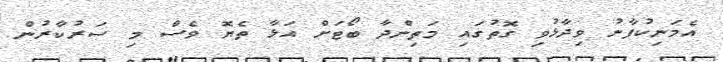
އެމަނިކުފާނު ވިދާޅުވި ގޮތުގައި މަތިންދާ ބޯޓަށް އަޅާ ތެޔޮ ވެސް މި ސަރުކާރުން